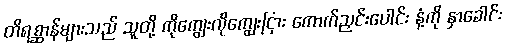
တိရစ္ဆာန်များသည် သူတို့ ကိုကျွေးလိုကျွေးငြား ကောက်ညှင်းပေါင်း နံ့ကို နှာခေါင်း